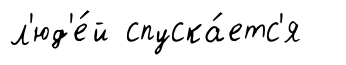
л'юд'е́й спуска́етс'я